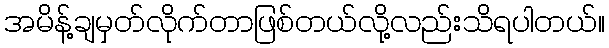
အမိန့်ချမှတ်လိုက်တာဖြစ်တယ်လို့လည်းသိရပါတယ်။